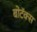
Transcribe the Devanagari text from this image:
बोटॅक्स